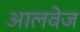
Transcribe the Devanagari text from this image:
आलवेज